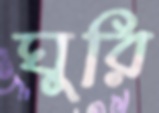
ঘুরি